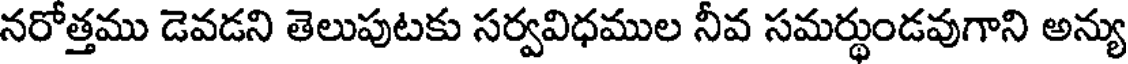
నరోత్తము డెవడని తెలుపుటకు సర్వవిధముల నీవ సమర్థుండవుగాని అన్యు